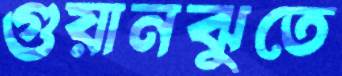
গুয়ানঝুতে